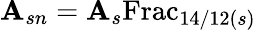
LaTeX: \mathbf{A}_{sn}=\mathbf{A}_{s}{\mathrm{{Frac}}}_{14/12(s)}